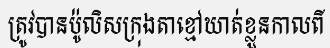
ត្រូវបានប៉ូលិសក្រុងតាខ្មៅឃាត់ខ្លួនកាលពី